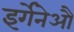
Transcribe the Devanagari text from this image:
इर्गेनेऔ